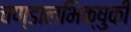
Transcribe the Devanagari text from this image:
चण्डालभिक्षुकी